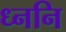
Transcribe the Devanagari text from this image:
ध्ननि